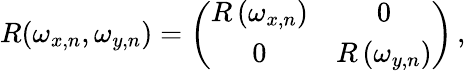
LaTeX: R(\omega_{x,n},\omega_{y,n})=\left(\begin{array}{cc}{R\left(\omega_{x,n}\right)}&{0}\\ {0}&{R\left(\omega_{y,n}\right)}\end{array}\right)\, ,